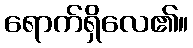
ရောက်ရှိလေ၏။